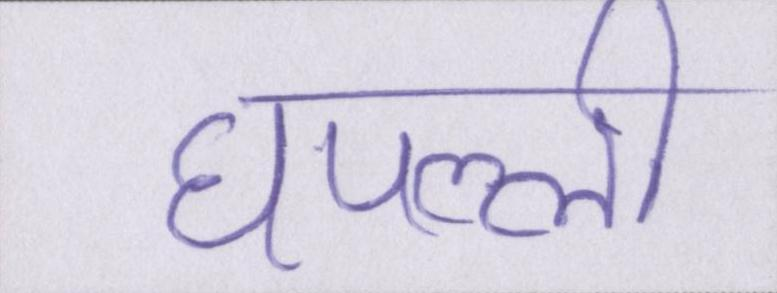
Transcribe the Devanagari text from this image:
घपल्ली